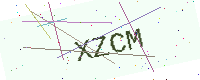
Text: XZCM